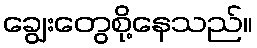
ချွေးတွေစို့နေသည်။